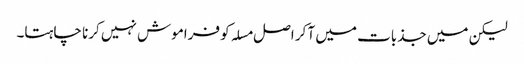
لیکن میں جذبات میں آ کر اصل مسلہ کو فراموش نہیں کرنا چاہتا۔